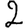
Digit: 2